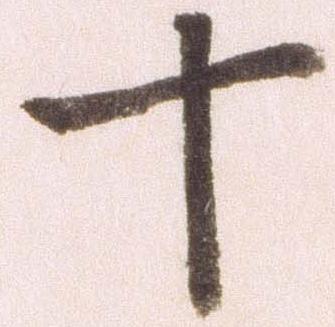
十